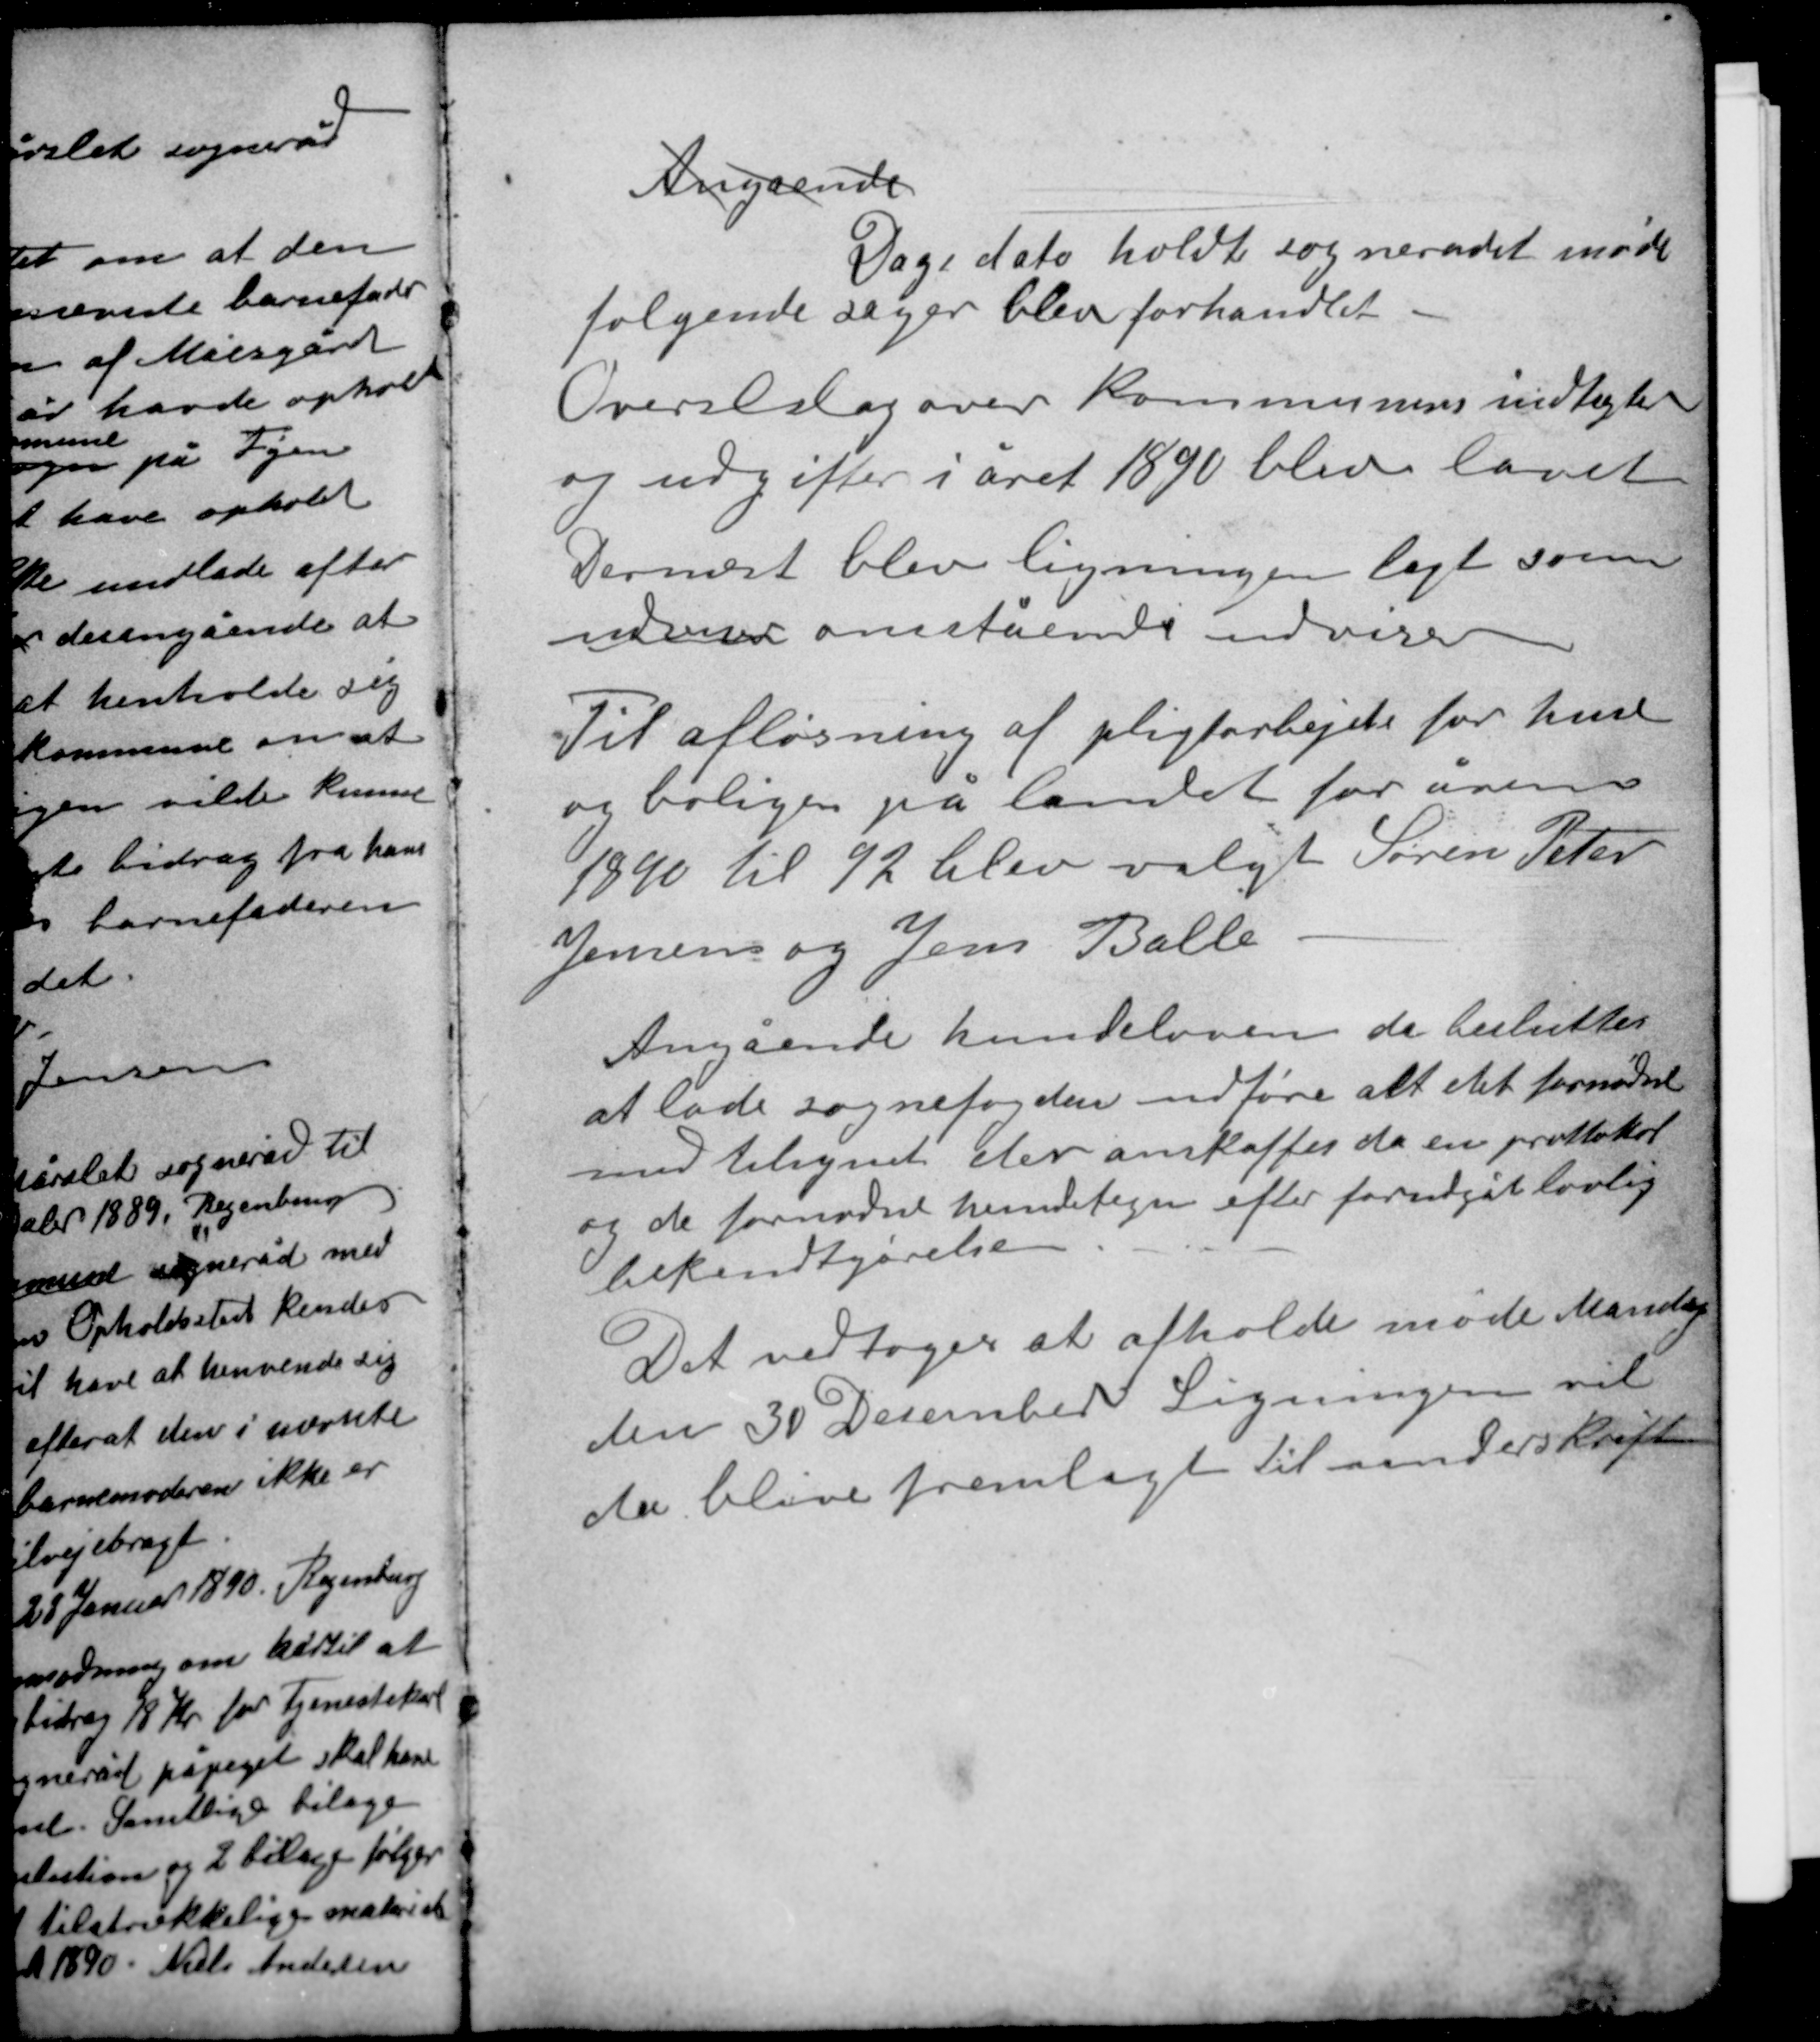
Transskription:
Angaende

Dags dato holdt sognerådet møde
følgende sager blev forhandlet
Overslag over kommunens indtægter
og udgifter i året 1890 blev lavet
Dernæst blev ligningen lagt som
udviser omstående udviser.

Til afløsning af pligtarbejde for huse
og boliger på landet for årene
1890 til 92 blev valgt Søren Peter
Jensen og Jens Balle.

Angående hundeloven da besluttes
at lade sognefogden udføre alt det fornødne
med tilsynet der anskaffes da en prottokol
og de fornødne hundetegn efter forudgået lovlig
bekendtgørelse.
Det vedtoges at afholde møde Mandag
den 30 December. Ligningen vil
da blive fremlagt til underskrift.